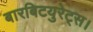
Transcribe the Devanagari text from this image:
बारबिटयुरेट्स।